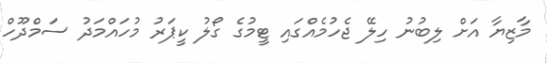
މާޒިޔާ އަށް ލިބުނު ހިލޭ ޖެހުމެއްގައި ޓީމުގެ ގޯލު ކީޕަރު މުހައްމަދު ސަމްދޫހް